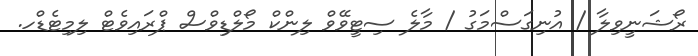
ރޯޝަނީވިލާ / އުނިގަސްމަގު / މާލެ ސިޓީވޭވް ލިންކް މޯލްޑިވްސް ޕްރައިވެޓް ލިމިޓެޑްހ.